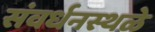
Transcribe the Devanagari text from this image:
संवर्धनस्थळे